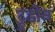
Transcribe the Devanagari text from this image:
ट्रुडोन